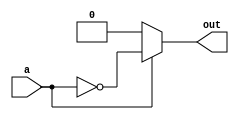
module not_gate(out, a);

	output out;
	reg out;
	input a;
	
	always @(a)
		begin
			if(a)
				out=!a;
			else
				out=a;
		end
	
endmodule